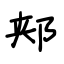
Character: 郏